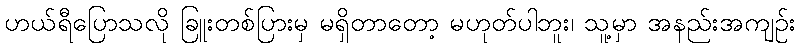
ဟယ်ရီပြောသလို ခြူးတစ်ပြားမှ မရှိတာတော့ မဟုတ်ပါဘူး၊ သူ့မှာ အနည်းအကျဉ်း